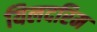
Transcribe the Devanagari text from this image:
यिलदरिम